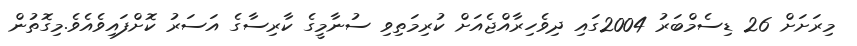
މިރަށަށް 26 ޑިސެމްބަރު 2004ގައި ދިވެހިރާއްޖެއަށް ކުރިމަތިވި ސުނާމީގެ ކާރިސާގެ އަސަރު ކޮށްފައިވެއެވެ.މިގޮތުން